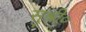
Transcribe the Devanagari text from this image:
सुश्री०